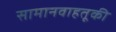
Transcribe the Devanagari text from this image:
सामानवाहतूकी